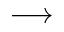
\longrightarrow